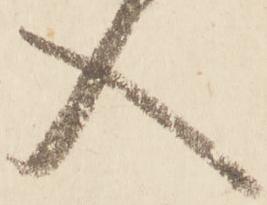
入